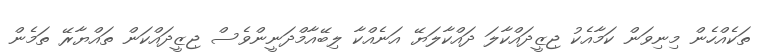
ތަކެއްހެން މިނިވަން ކަމާއެކު ޖިޒީދައްކާލަ ދައްކާލަޔޭ އަނެއްކާ ލިބޭއާމްދަނީންވެސް ޖިޒީދައްކަން ތައްޔާރޭ ތަމެން